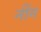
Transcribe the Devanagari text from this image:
नींग